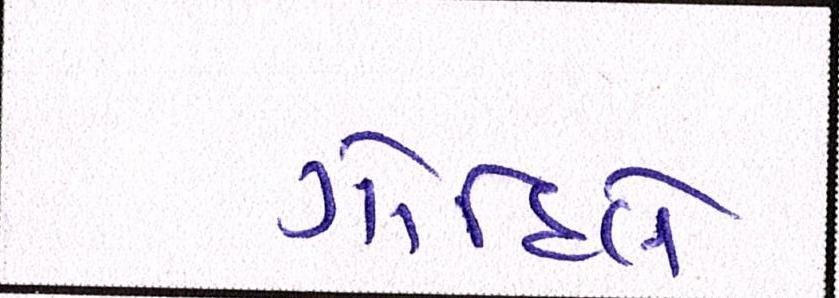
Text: ગોહિલે